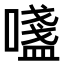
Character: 𫫷